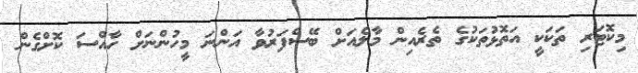
މިކޮޓަރި ތަކަކީ އަތޮޅުތަކުގެ ތެރެއިން މާލެއަށް ބޭސްފަރުވާ އަންނަ މީހުންނަށް ހާއްސަ ކޮށްގެން